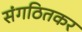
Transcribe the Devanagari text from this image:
संगठितकर